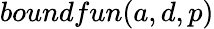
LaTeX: boundfun(a,d,p)